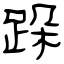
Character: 跺